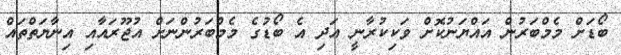
ބޯޑަށް މެމްބަރުން އައްޔަނުކޮށް ވަކިކުރާނީ އަދި އެ ބޯޑުގެ މެމްބަރުންނަށް އުޖޫރައާއި އިނާޔަތްތައް